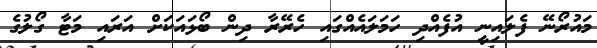
މައުރޯނޭ ފެލައިނީ އުފެެއްދި ހަމަލައެއްގައި ހެރޭރާ ދިން ބޯޅައަކަށް އަރައި މަޓާ ގޯލުގެ